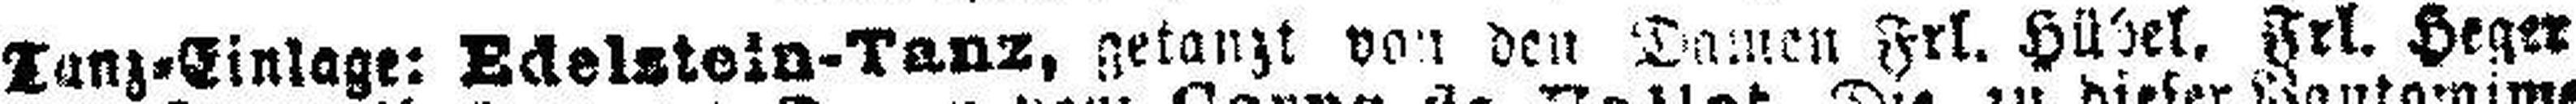
Tanz=Einlage: Edelstein-Tanz, getanzt von den Damen Frl. Hü###el, Frl. Heger